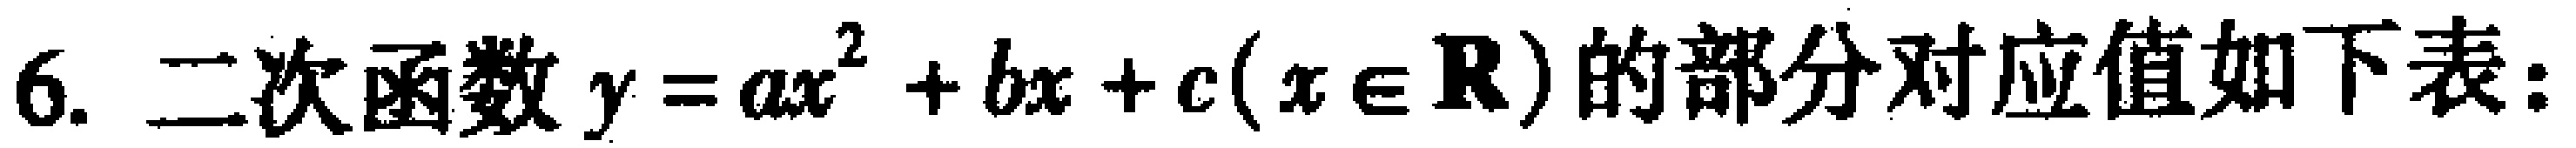
6. 二次函数\(y = ax^{2}+bx + c(x\in\mathbf{R})\)的部分对应值如下表：